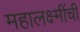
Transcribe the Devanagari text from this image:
महालक्ष्मींची